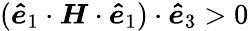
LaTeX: (\boldsymbol{\hat{e}}_{1}\cdot\boldsymbol{H}\cdot\boldsymbol{\hat{e}}_{1})\cdot\boldsymbol{\hat{e}}_{3}>0